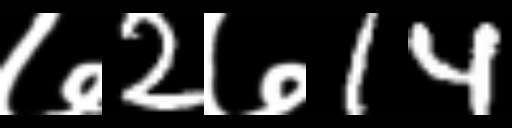
Text: ७2७14